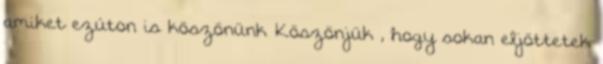
amiket ezúton is köszönünk Köszönjük , hogy sokan eljöttetek